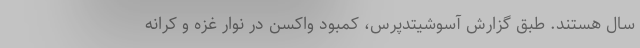
سال هستند. طبق گزارش آسوشیتدپرس، کمبود واکسن در نوار غزه و کرانه